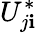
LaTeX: U_{j\mathbf{i}}^{*}